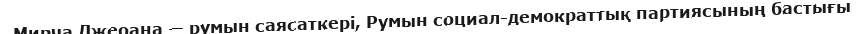
Мирча Джеоана — румын саясаткері, Румын социал-демократтық партиясының бастығы